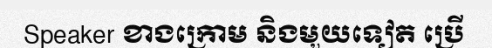
Speaker ខាងក្រោម និងមួយទៀត ប្រើ